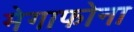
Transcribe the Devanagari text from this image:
मेगाफोना